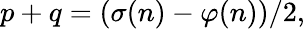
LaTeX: p+q=(\sigma(n)-\varphi(n))/2,